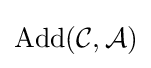
\operatorname {Add} ({\mathcal {C}},{\mathcal {A}})